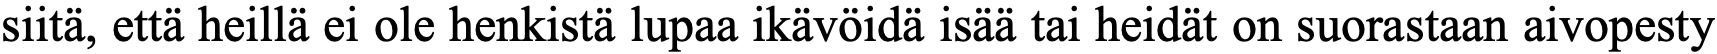
siitä, että heillä ei ole henkistä lupaa ikävöidä isää tai heidät on suorastaan aivopesty